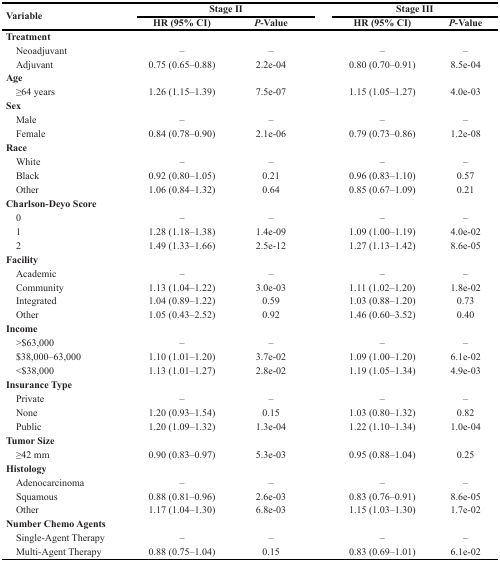
<table><thead><tr><td rowspan="2"><b>Variable</b></td><td colspan="2"><b>Stage II</b></td><td colspan="2"><b>Stage III</b></td></tr><tr><td><b>HR (95% CI)</b></td><td><b><i>P</i>-Value</b></td><td><b>HR (95% CI)</b></td><td><b><i>P</i>-Value</b></td></tr></thead><tbody><tr><td><b>Treatment</b></td><td></td><td></td><td></td><td></td></tr><tr><td> Neoadjuvant</td><td>–</td><td>–</td><td>–</td><td>–</td></tr><tr><td> Adjuvant</td><td>0.75 (0.65–0.88)</td><td>2.2e-04</td><td>0.80 (0.70–0.91)</td><td>8.5e-04</td></tr><tr><td><b>Age</b></td><td></td><td></td><td></td><td></td></tr><tr><td> ≥64 years</td><td>1.26 (1.15–1.39)</td><td>7.5e-07</td><td>1.15 (1.05–1.27)</td><td>4.0e-03</td></tr><tr><td><b>Sex</b></td><td></td><td></td><td></td><td></td></tr><tr><td> Male</td><td>–</td><td>–</td><td>–</td><td>–</td></tr><tr><td> Female</td><td>0.84 (0.78–0.90)</td><td>2.1e-06</td><td>0.79 (0.73–0.86)</td><td>1.2e-08</td></tr><tr><td><b>Race</b></td><td></td><td></td><td></td><td></td></tr><tr><td> White</td><td>–</td><td>–</td><td>–</td><td>–</td></tr><tr><td> Black</td><td>0.92 (0.80–1.05)</td><td>0.21</td><td>0.96 (0.83–1.10)</td><td>0.57</td></tr><tr><td> Other</td><td>1.06 (0.84–1.32)</td><td>0.64</td><td>0.85 (0.67–1.09)</td><td>0.21</td></tr><tr><td><b>Charlson-Deyo Score</b></td><td></td><td></td><td></td><td></td></tr><tr><td> 0</td><td>–</td><td>–</td><td>–</td><td>–</td></tr><tr><td> 1</td><td>1.28 (1.18–1.38)</td><td>1.4e-09</td><td>1.09 (1.00–1.19)</td><td>4.0e-02</td></tr><tr><td> 2</td><td>1.49 (1.33–1.66)</td><td>2.5e-12</td><td>1.27 (1.13–1.42)</td><td>8.6e-05</td></tr><tr><td><b>Facility</b></td><td></td><td></td><td></td><td></td></tr><tr><td> Academic</td><td>–</td><td>–</td><td>–</td><td>–</td></tr><tr><td> Community</td><td>1.13 (1.04–1.22)</td><td>3.0e-03</td><td>1.11 (1.02–1.20)</td><td>1.8e-02</td></tr><tr><td> Integrated</td><td>1.04 (0.89–1.22)</td><td>0.59</td><td>1.03 (0.88–1.20)</td><td>0.73</td></tr><tr><td> Other</td><td>1.05 (0.43–2.52)</td><td>0.92</td><td>1.46 (0.60–3.52)</td><td>0.40</td></tr><tr><td><b>Income</b></td><td></td><td></td><td></td><td></td></tr><tr><td> &gt;$63,000</td><td>–</td><td>–</td><td>–</td><td>–</td></tr><tr><td> $38,000–63,000</td><td>1.10 (1.01–1.20)</td><td>3.7e-02</td><td>1.09 (1.00–1.20)</td><td>6.1e-02</td></tr><tr><td> &lt;$38,000</td><td>1.13 (1.01–1.27)</td><td>2.8e-02</td><td>1.19 (1.05–1.34)</td><td>4.9e-03</td></tr><tr><td><b>Insurance Type</b></td><td></td><td></td><td></td><td></td></tr><tr><td> Private</td><td>–</td><td>–</td><td>–</td><td>–</td></tr><tr><td> None</td><td>1.20 (0.93–1.54)</td><td>0.15</td><td>1.03 (0.80–1.32)</td><td>0.82</td></tr><tr><td> Public</td><td>1.20 (1.09–1.32)</td><td>1.3e-04</td><td>1.22 (1.10–1.34)</td><td>1.0e-04</td></tr><tr><td><b>Tumor Size</b></td><td></td><td></td><td></td><td></td></tr><tr><td> ≥42 mm</td><td>0.90 (0.83–0.97)</td><td>5.3e-03</td><td>0.95 (0.88–1.04)</td><td>0.25</td></tr><tr><td><b>Histology</b></td><td></td><td></td><td></td><td></td></tr><tr><td> Adenocarcinoma</td><td>–</td><td>–</td><td>–</td><td>–</td></tr><tr><td> Squamous</td><td>0.88 (0.81–0.96)</td><td>2.6e-03</td><td>0.83 (0.76–0.91)</td><td>8.6e-05</td></tr><tr><td> Other</td><td>1.17 (1.04–1.30)</td><td>6.8e-03</td><td>1.15 (1.03–1.30)</td><td>1.7e-02</td></tr><tr><td><b>Number Chemo Agents</b></td><td></td><td></td><td></td><td></td></tr><tr><td> Single-Agent Therapy</td><td>–</td><td>–</td><td>–</td><td>–</td></tr><tr><td> Multi-Agent Therapy</td><td>0.88 (0.75–1.04)</td><td>0.15</td><td>0.83 (0.69–1.01)</td><td>6.1e-02</td></tr></tbody></table>